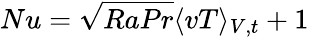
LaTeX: Nu=\sqrt{RaPr}\langle vT\rangle_{V,t}+1